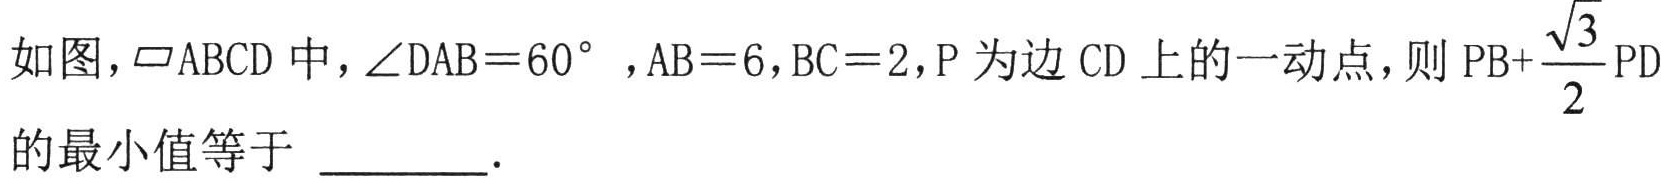
如图，\(\square ABCD\)中，\(\angle DAB = 60^{\circ}\)，\(AB = 6\)，\(BC = 2\)，\(P\)为边 \(CD\) 上的一动点，则 \(PB + \dfrac{\sqrt{3}}{2}PD\)的最小值等于 \_\_\_\_\_ .